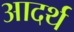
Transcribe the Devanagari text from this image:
आदर्थ